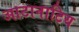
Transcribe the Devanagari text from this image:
आटानाटिय